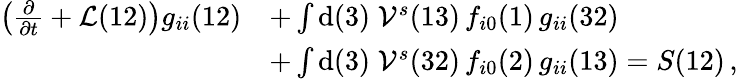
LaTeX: \begin{array}{rl}{\left(\frac{\partial}{\partial t}+\mathcal{L}(12)\right)g_{ii}(12)}&{+\int\mathrm{d}(3)\; \mathcal{V}^{s}(13)\, f_{i0}(1)\, g_{ii}(32)}\\ &{+\int\mathrm{d}(3)\; \mathcal{V}^{s}(32)\, f_{i0}(2)\, g_{ii}(13)=S(12)\, ,}\end{array}